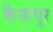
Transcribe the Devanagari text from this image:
फैजापुर